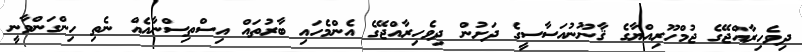
ދިވެހިރާއްޖޭގެ ޖުމްހޫރިއްޔާގެ ޤާނޫނުއަސާސީގެ ދަށުން ދިވެހިރާއްޖޭގެ އެންމެހައި ބާރުތައް އިސްތިސްނާއެއް ނެތި ހިންގަންވާނީ